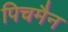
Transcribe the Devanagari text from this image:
पिचमैन